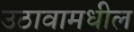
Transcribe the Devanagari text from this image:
उठावामधील